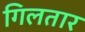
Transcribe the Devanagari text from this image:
गिलतार